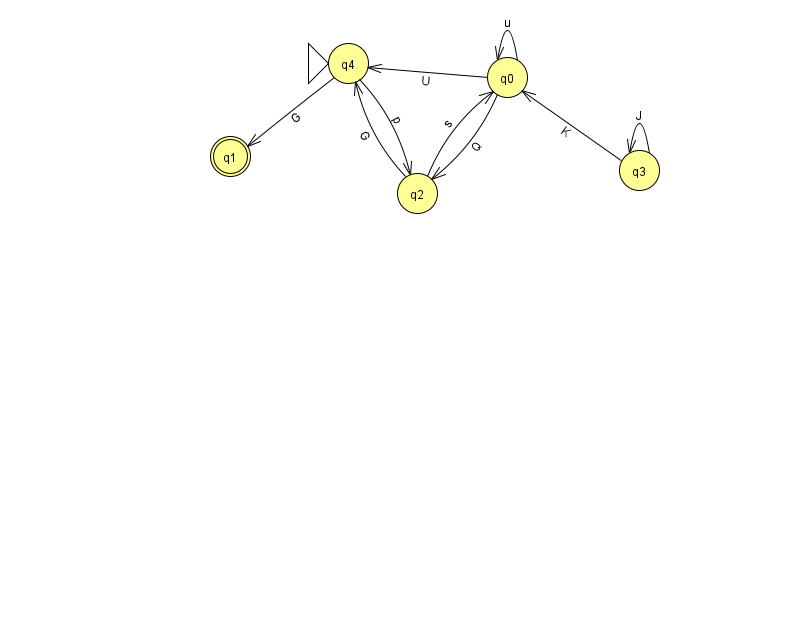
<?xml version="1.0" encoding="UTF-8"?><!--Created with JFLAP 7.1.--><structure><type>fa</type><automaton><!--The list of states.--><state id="0" name="q0"><x>507.0</x><y>64.0</y></state><state id="1" name="q1"><x>230.0</x><y>143.0</y><final/></state><state id="2" name="q2"><x>417.0</x><y>180.0</y></state><state id="3" name="q3"><x>639.0</x><y>157.0</y></state><state id="4" name="q4"><x>348.0</x><y>50.0</y><initial/></state><!--The list of transitions.--><transition><from>2</from><to>4</to><read>G</read></transition><transition><from>0</from><to>0</to><read>u</read></transition><transition><from>3</from><to>0</to><read>K</read></transition><transition><from>4</from><to>2</to><read>p</read></transition><transition><from>0</from><to>2</to><read>Q</read></transition><transition><from>0</from><to>4</to><read>U</read></transition><transition><from>2</from><to>0</to><read>s</read></transition><transition><from>3</from><to>3</to><read>J</read></transition><transition><from>4</from><to>1</to><read>G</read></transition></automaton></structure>